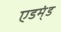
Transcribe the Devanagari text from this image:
एडम्ंड